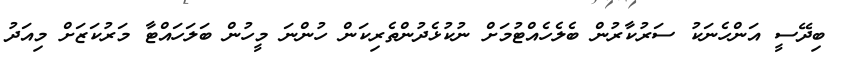
ބިދޭސީ އަންހެނަކު ސަރުކާރުން ބެލެހެއްޓުމަށް ނުކުޅެދުންތެރިކަން ހުންނަ މީހުން ބަލަހައްޓާ މަރުކަޒަށް މިއަދު